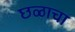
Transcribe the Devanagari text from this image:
छळाचा